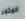
المتجر